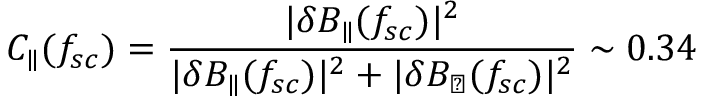
C _ { \parallel } ( f _ { s c } ) = \frac { | \delta B _ { \parallel } ( f _ { s c } ) | ^ { 2 } } { | \delta B _ { \parallel } ( f _ { s c } ) | ^ { 2 } + | \delta B _ { \perp } ( f _ { s c } ) | ^ { 2 } } \sim 0 . 3 4